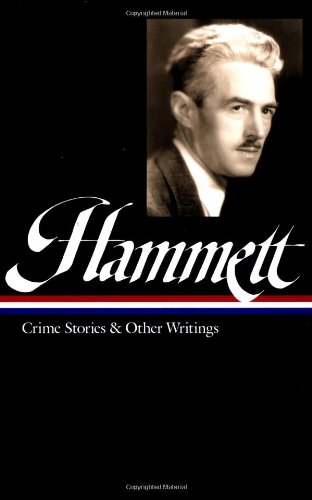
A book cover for Dashiell Hammett: Crime Stories and Other Writings (Library of America); Dashiell Hammett; Mystery, Thriller & Suspense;